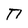
Character: n